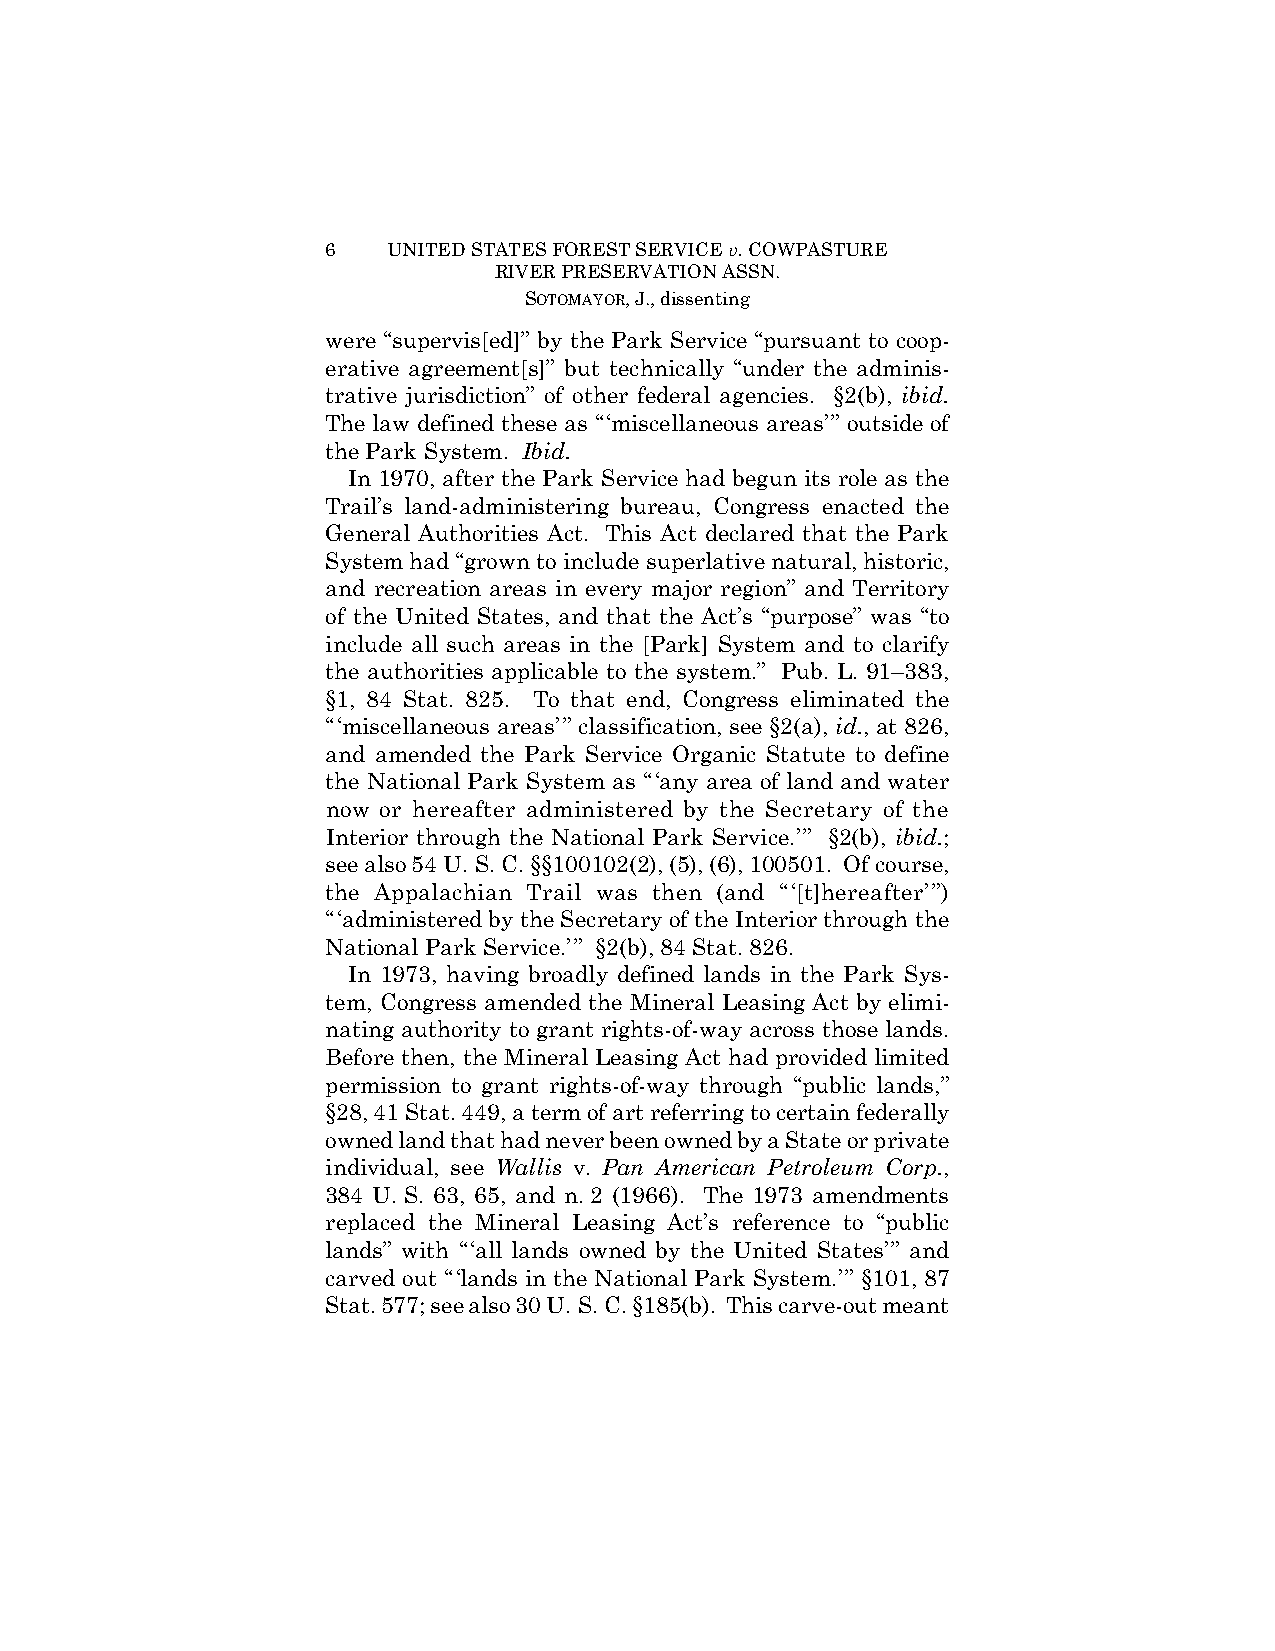
6   UNITED STATES FOREST SERVICE v. COWPASTURE
 RIVER PRESERVATION ASSN.
 SOTOMAYOR, J., dissenting
 were “supervis[ed]” by the Park Service “pursuant to coop-
 erative agreement[s]” but technically “under the adminis-
 trative jurisdiction” of other federal agencies. §2(b), ibid.
 The law defined these as “‘miscellaneous areas’” outside of
 the Park System. Ibid.
 In 1970, after the Park Service had begun its role as the
 Trail’s land-administering bureau, Congress enacted the
 General Authorities Act. This Act declared that the Park
 System had “grown to include superlative natural, historic,
 and recreation areas in every major region” and Territory
 of the United States, and that the Act’s “purpose” was “to
 include all such areas in the [Park] System and to clarify
 the authorities applicable to the system.” Pub. L. 91–383,
 §1, 84 Stat. 825. To that end, Congress eliminated the
 “‘miscellaneous areas’” classification, see §2(a), id., at 826,
 and amended the Park Service Organic Statute to define
 the National Park System as “‘any area of land and water
 now or hereafter administered by the Secretary of the
 Interior through the National Park Service.’” §2(b), ibid.;
 see also 54 U. S. C. §§100102(2), (5), (6), 100501. Of course,
 the Appalachian Trail was then (and “ ‘[t]hereafter’ ”)
 “‘administered by the Secretary of the Interior through the
 National Park Service.’” §2(b), 84 Stat. 826.
 In 1973, having broadly defined lands in the Park Sys-
 tem, Congress amended the Mineral Leasing Act by elimi-
 nating authority to grant rights-of-way across those lands.
 Before then, the Mineral Leasing Act had provided limited
 permission to grant rights-of-way through “public lands,”
 §28, 41 Stat. 449, a term of art referring to certain federally
 owned land that had never been owned by a State or private
 individual, see Wallis v. Pan American Petroleum Corp.,
 384 U. S. 63, 65, and n. 2 (1966). The 1973 amendments
 replaced the Mineral Leasing Act’s reference to “public
 lands” with “‘all lands owned by the United States’” and
 carved out “‘lands in the National Park System.’” §101, 87
 Stat. 577; see also 30 U. S. C. §185(b). This carve-out meant